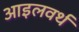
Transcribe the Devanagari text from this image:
आइलवर्थ